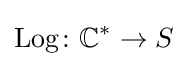
\operatorname {Log} \colon \mathbb {C} ^{*}\to S